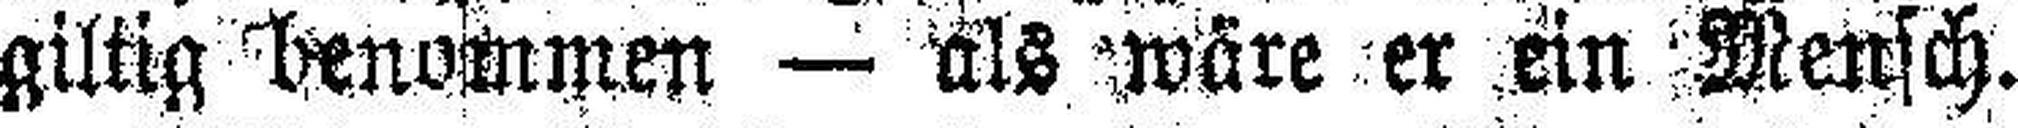
giltig benommen — als wäre er ein Mensch.